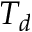
T _ { d }